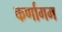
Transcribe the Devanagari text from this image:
कर्णागम